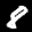
Label: 8